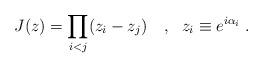
LaTeX: \begin{align*}J(z)=\prod_{i<j}(z_i-z_j)~~~,~~z_i\equiv e^{i\alpha_i} \; .\end{align*}